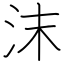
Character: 沫